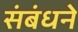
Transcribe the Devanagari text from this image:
संबंधने